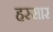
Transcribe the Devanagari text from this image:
हस्सार